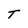
Character: T